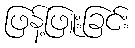
ဖြန့်ဖြူးခြင်း